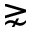
\gnsim